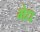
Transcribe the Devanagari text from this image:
भेध